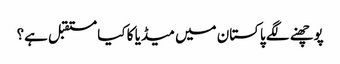
پوچھنے لگے پاکستان میں میڈیا کا کیا مستقبل ہے؟